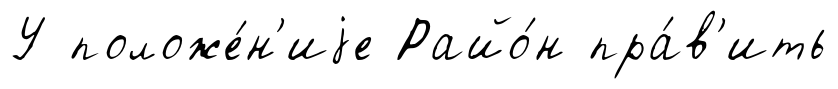
У положе́н'иjе Райо́н пра́в'ить